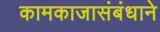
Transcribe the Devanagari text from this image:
कामकाजासंबंधाने